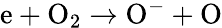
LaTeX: \mathrm{e+O_{2}\to O^{-}+O}